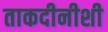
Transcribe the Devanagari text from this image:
ताकदीनीशी